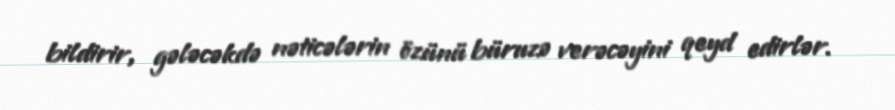
bildirir, gələcəkdə nəticələrin özünü büruzə verəcəyini qeyd edirlər.